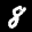
Label: 8